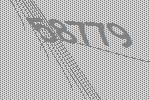
58779